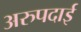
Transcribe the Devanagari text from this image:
अरुपदाई